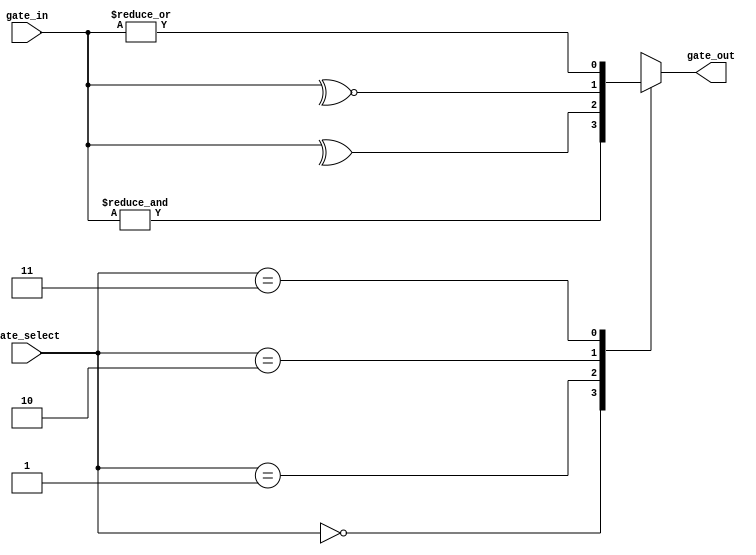
//** N-input control gate (AND, XOR, XNOR, OR) ** //
module N_Any_Gate #(parameter N = 2) (
  input [N-1:0] gate_in,           // Gate inputs
  input [1:0] gate_select,         // Gate control (Decide the type of gate: '00'->AND, '01'->XOR, '10'->XNOR, '11'->OR)
  output reg gate_out              // Gate output
);

  always @ (*) begin
    case(gate_select)
      2'b00 : gate_out <= &gate_in;   // 00 - AND
      2'b01 : gate_out <= ^gate_in;   // 01 - XOR
      2'b10 : gate_out <= ~^gate_in;  // 10 - XNOR
      2'b11 : gate_out <= |gate_in;   // 11 - OR
    endcase
  end

endmodule